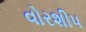
વોરશીપ